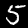
Digit: 5